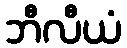
ဘီလီယံ